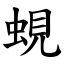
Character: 蜆